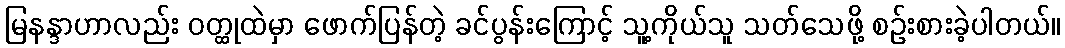
မြနန္ဒာဟာလည်း ဝတ္ထုထဲမှာ ဖောက်ပြန်တဲ့ ခင်ပွန်းကြောင့် သူ့ကိုယ်သူ သတ်သေဖို့ စဉ်းစားခဲ့ပါတယ်။